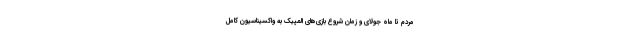
مردم تا ماه جولای و زمان شروع بازی‌های المپیک به واکسیناسیون کامل